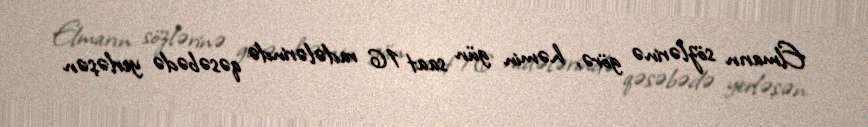
Elmarın sözlərinə görə, həmin gün saat 16 radələrində qəsəbədə yerləşən